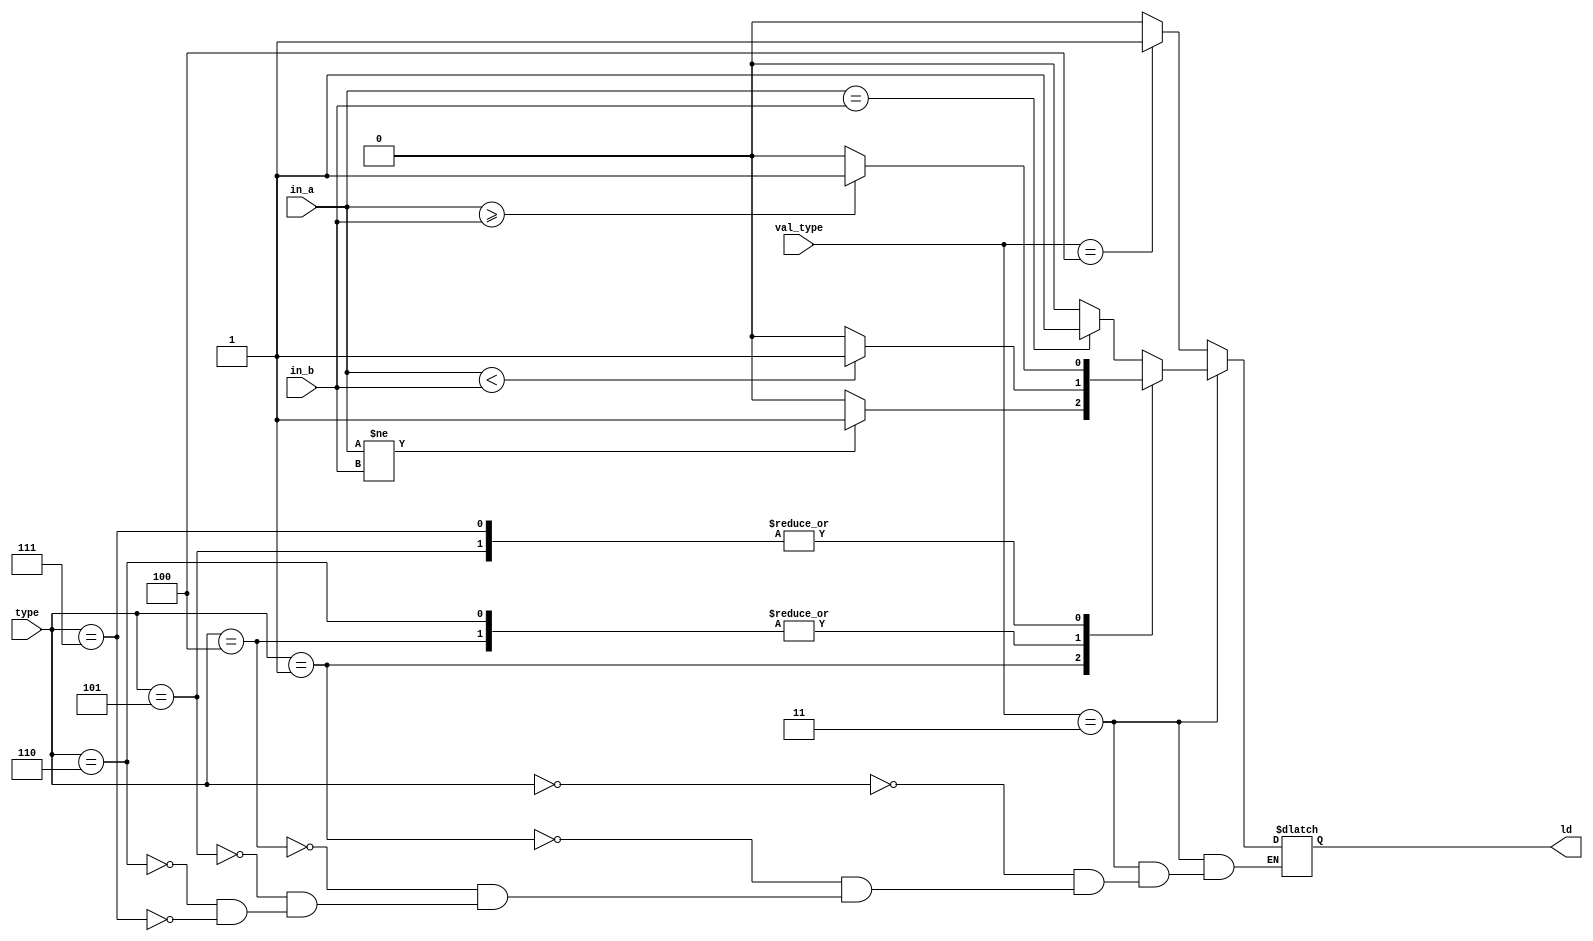
//! @file  rv32i_comparator.v
//! @brief 

/// @brief 
module Comparator(
    input [31:0] in_a,
    input [31:0] in_b,
    input [2:0] type,
    input [2:0] val_type,
    output reg ld
    );
    wire  [31:0] a_signed;
    wire  [31:0] b_signed;
    assign a_signed = $signed(in_a);
    assign b_signed = $signed(in_b);

    always @ (*) begin
        if (val_type == 3'b011) begin
            case (type)
            3'b000: ld = (in_a == in_b) ? 1'b1 : 1'b0;
            3'b001: ld = (in_a != in_b) ? 1'b1 : 1'b0;
            3'b100: ld = (a_signed < b_signed) ? 1'b1 : 1'b0;
            3'b101: ld = (a_signed >= b_signed) ? 1'b1 : 1'b0;
            3'b110: ld = (in_a < in_b) ? 1'b1 : 1'b0;
            3'b111: ld = (in_a >= in_b) ? 1'b1 : 1'b0;
            endcase
        end else if (val_type == 3'b100) begin
            ld = 1;
        end else begin
            ld = 0;
        end
    end
endmodule